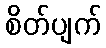
စိတ်ပျက်